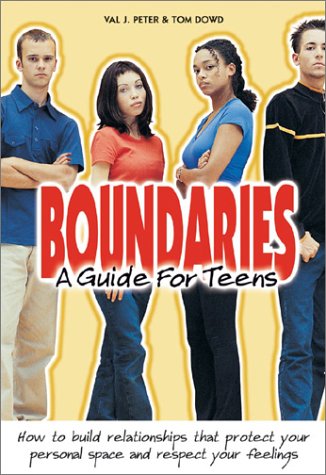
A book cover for Boundaries: A Guide for Teens - Spiritual Version; Val J. Peter; Teen & Young Adult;